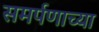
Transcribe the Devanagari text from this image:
समर्पणाच्या